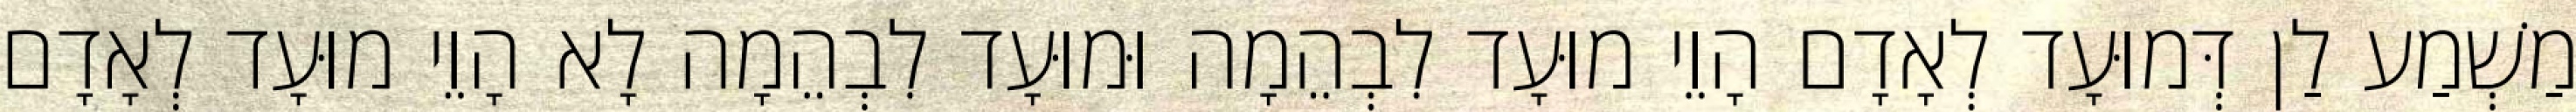
מַשְׁמַע לַן דְּמוּעָד לְאָדָם הָוֵי מוּעָד לִבְהֵמָה וּמוּעָד לִבְהֵמָה לָא הָוֵי מוּעָד לְאָדָם